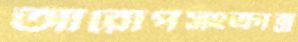
আরোপসংক্রান্ত